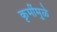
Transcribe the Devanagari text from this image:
कृमींमुळे